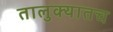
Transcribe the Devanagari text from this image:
तालुक्यातच